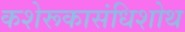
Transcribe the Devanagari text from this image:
कशेरूकासंधिशोथ